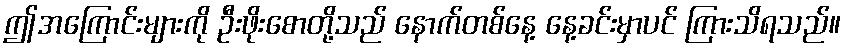
ဤအကြောင်းများကို ဦးဖိုးစောတို့သည် နောက်တစ်နေ့ နေ့ခင်းမှာပင် ကြားသိရသည်။